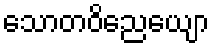
သောတဝိညေယျော